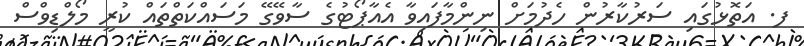
ފ. އަތޮޅުގައި ސަރުކާރުން ހެދުމަށް ނިންމާފައިވާ އެއާޕޯޓުގެ ސާވޭގޭ މަސައްކަތްތައް ކުރީ މޯލްޑިވްސް